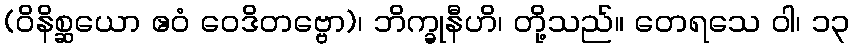
(ဝိနိစ္ဆယော ဧဝံ ဝေဒိတဗ္ဗော)၊ ဘိက္ခုနီဟိ၊ တို့သည်။ တေရသေ ဝါ၊ ၁၃